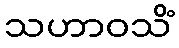
သဟာဝသိံ